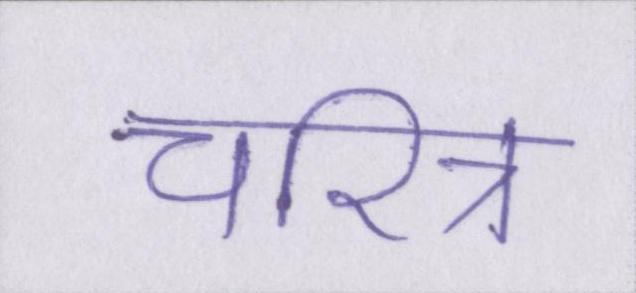
चरित्र